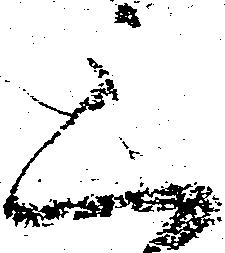
三